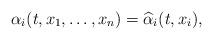
LaTeX: \begin{align*}\alpha_i(t,x_1,\ldots,x_n) = \widehat\alpha_i(t,x_i),\end{align*}